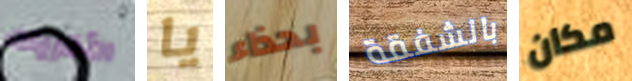
الأخريات يا بحذاء بالشفقة مكان